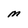
Character: M